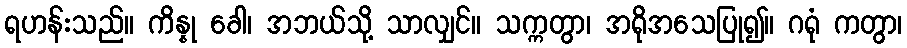
ရဟန်းသည်။ ကိန္နု ခေါ၊ အဘယ်သို့ သာလျှင်။ သက္ကတွာ၊ အရိုအသေပြု၍။ ဂရုံ ကတွာ၊